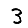
Digit: 3